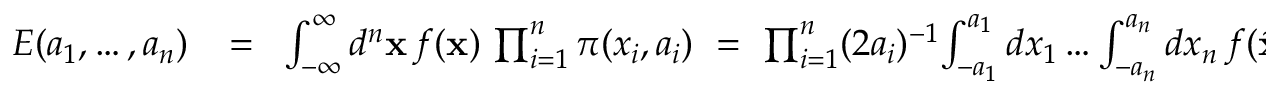
\begin{array} { r l r } { E ( a _ { 1 } , \dots , a _ { n } ) } & { { } \! = \! } & { \int _ { - \infty } ^ { \infty } d ^ { n } { \bf x } \, f ( { \bf x } ) \, \prod _ { i = 1 } ^ { n } \pi ( x _ { i } , a _ { i } ) \ = \ \prod _ { i = 1 } ^ { n } ( 2 a _ { i } ) ^ { - 1 } \! \int _ { - a _ { 1 } } ^ { a _ { 1 } } d x _ { 1 } \dots \int _ { - a _ { n } } ^ { a _ { n } } d x _ { n } \, f ( \tilde { \bf x } ) } \end{array}